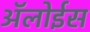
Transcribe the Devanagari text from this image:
ॲलोईस